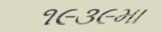
૧૯૩૯મા